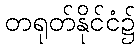
တရုတ်နိုင်ငံ၌